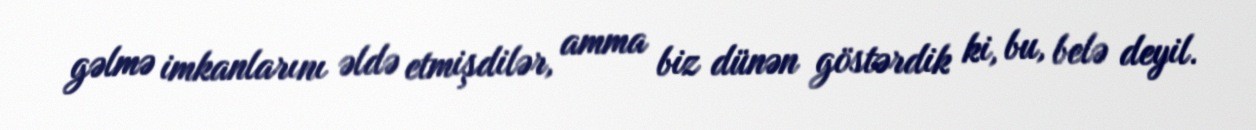
gəlmə imkanlarını əldə etmişdilər, amma biz dünən göstərdik ki, bu, belə deyil.